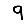
Digit: 9